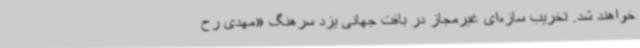
خواهند شد. تخریب سازه‌ای غیرمجاز در بافت جهانی یزد سرهنگ «مهدی رح